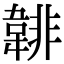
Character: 𩎻